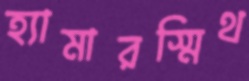
হ্যামারস্মিথ